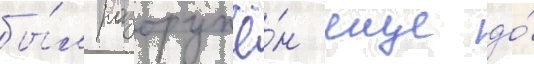
бы́л разоружё́н еще до́